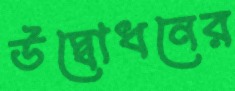
উদ্বোধনের